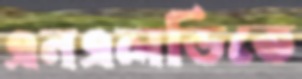
এনএলডিতে